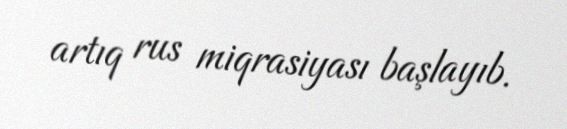
artıq rus miqrasiyası başlayıb.